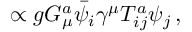
\propto g G _ { \mu } ^ { a } { \bar { \psi } } _ { i } \gamma ^ { \mu } T _ { i j } ^ { a } \psi _ { j } \, ,